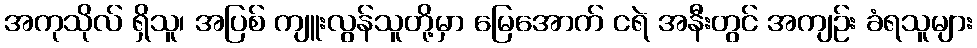
အကုသိုလ် ရှိသူ၊ အပြစ် ကျူးလွန်သူတို့မှာ မြေအောက် ငရဲ အနီးတွင် အကျဉ်း ခံရသူများ